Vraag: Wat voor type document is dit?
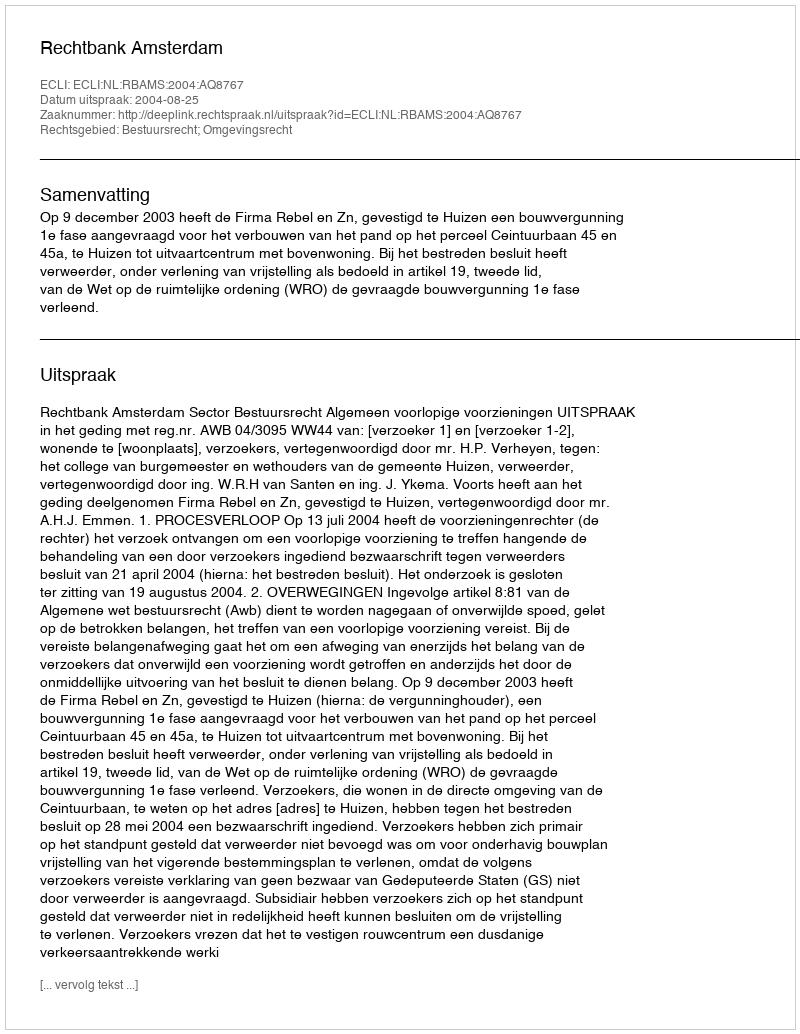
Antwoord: Uitspraak